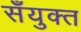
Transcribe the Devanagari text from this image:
सँयुक्त